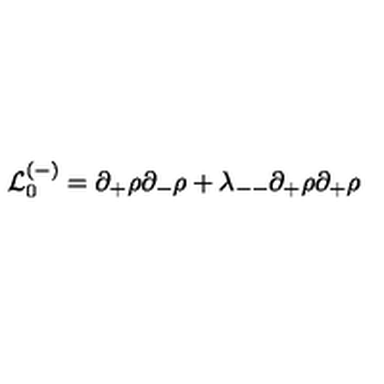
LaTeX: { \cal L } _ { 0 } ^ { ( - ) } = \partial _ { + } \rho \partial _ { - } \rho + \lambda _ { -- } \partial _ { + } \rho \partial _ { + } \rho